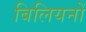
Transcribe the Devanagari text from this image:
बिलियनों